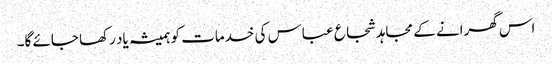
اس گھرانے کے مجاہد شجاع عباس کی خدمات کو ہمیشہ یاد رکھا جائے گا۔